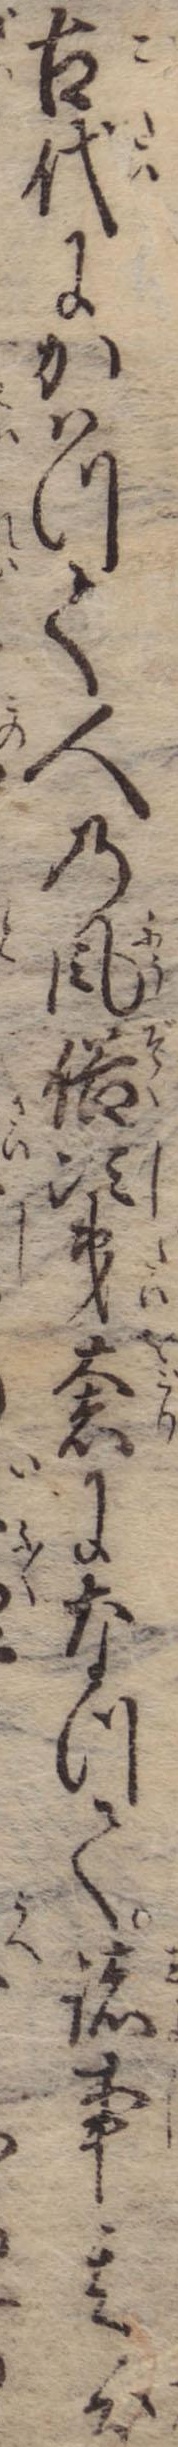
古代にかはつて人の風俗次第奢になつて諸事其分